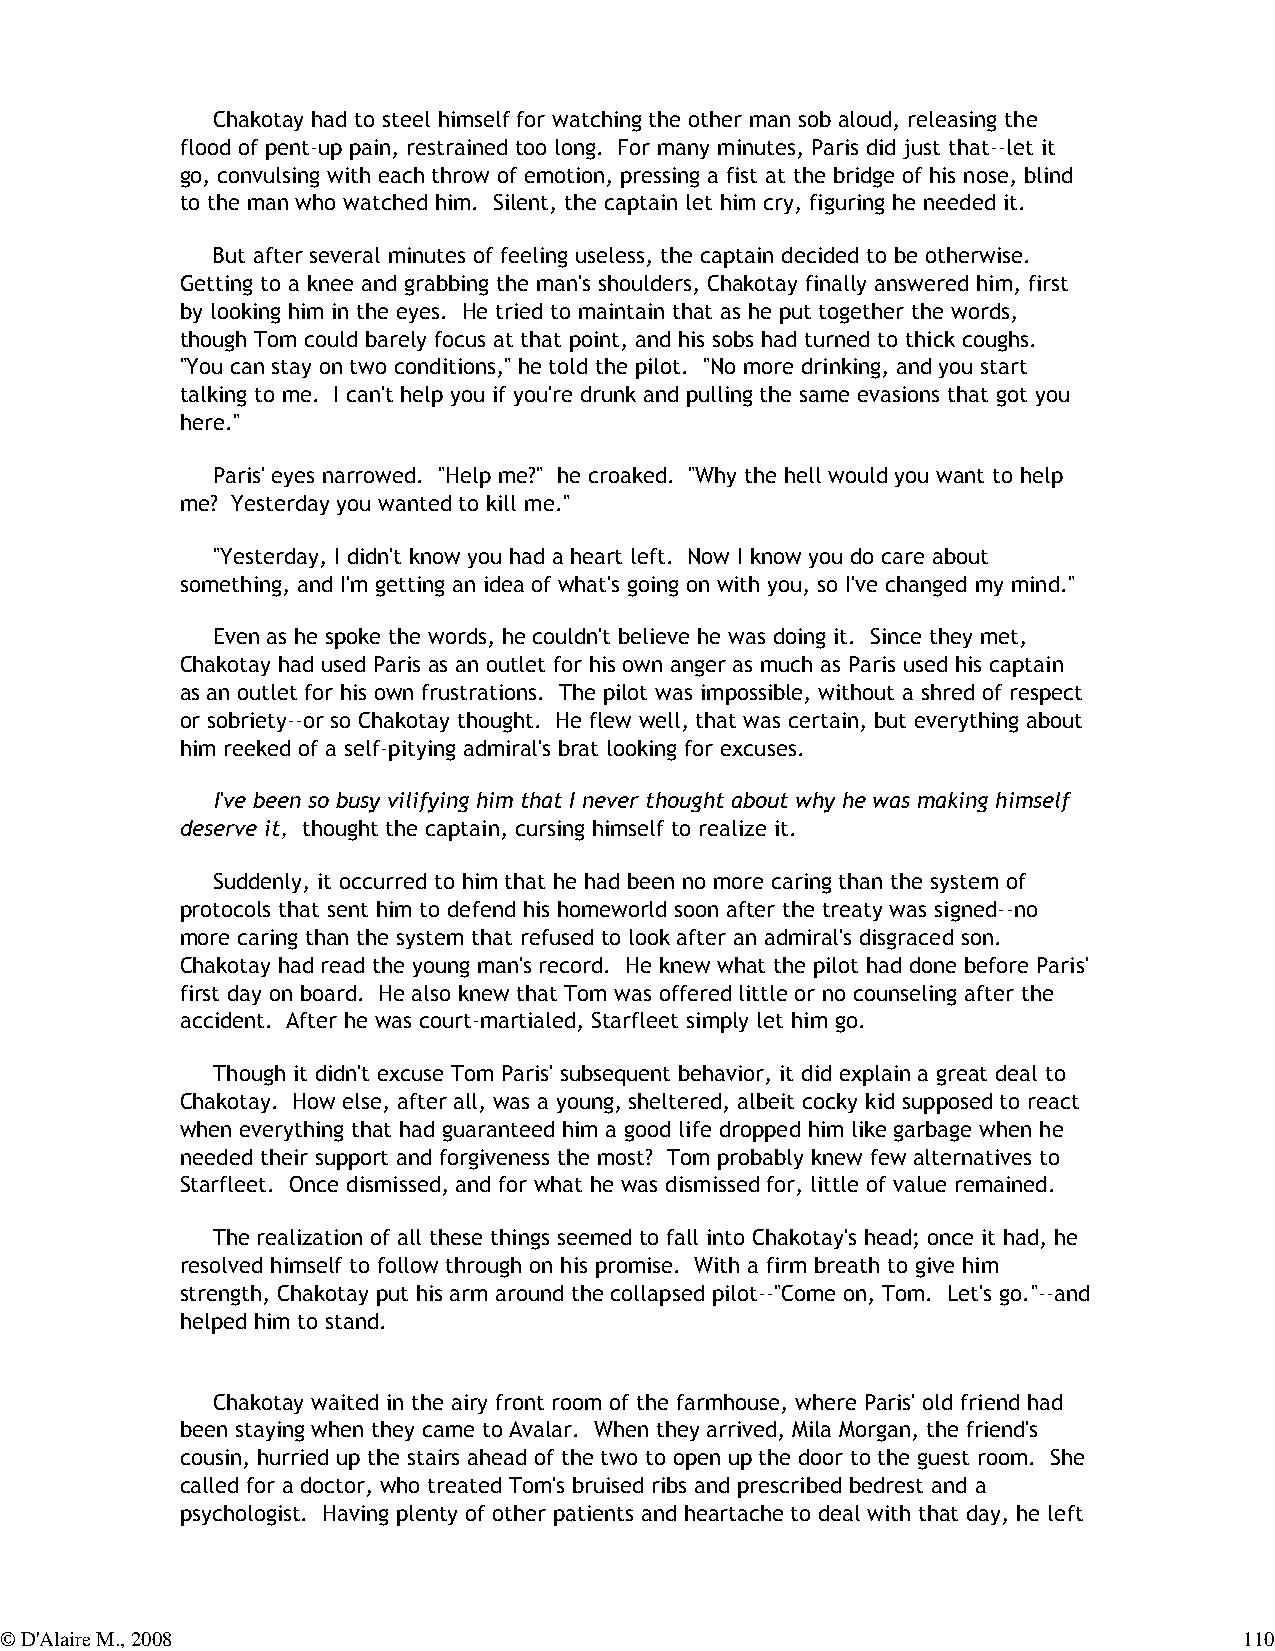
Chakotay had to steel himself for watching the other man sob aloud, releasing the
 flood of pent-up pain, restrained too long. For many minutes, Paris did just that--let it
 go, convulsing with each throw of emotion, pressing a fist at the bridge of his nose, blind
 to the man who watched him. Silent, the captain let him cry, figuring he needed it.
 But after several minutes of feeling useless, the captain decided to be otherwise.
 Getting to a knee and grabbing the man's shoulders, Chakotay finally answered him, first
 by looking him in the eyes. He tried to maintain that as he put together the words,
 though Tom could barely focus at that point, and his sobs had turned to thick coughs.
 "You can stay on two conditions," he told the pilot. "No more drinking, and you start
 talking to me. I can't help you if you're drunk and pulling the same evasions that got you
 here."
 Paris' eyes narrowed. "Help me?" he croaked. "Why the hell would you want to help
 me? Yesterday you wanted to kill me."
 "Yesterday, I didn't know you had a heart left. Now I know you do care about
 something, and I'm getting an idea of what's going on with you, so I've changed my mind."
 Even as he spoke the words, he couldn't believe he was doing it. Since they met,
 Chakotay had used Paris as an outlet for his own anger as much as Paris used his captain
 as an outlet for his own frustrations. The pilot was impossible, without a shred of respect
 or sobriety--or so Chakotay thought. He flew well, that was certain, but everything about
 him reeked of a self-pitying admiral's brat looking for excuses.
 I've been so busy vilifying him that I never thought about why he was making himself
 deserve it, thought the captain, cursing himself to realize it.
 Suddenly, it occurred to him that he had been no more caring than the system of
 protocols that sent him to defend his homeworld soon after the treaty was signed--no
 more caring than the system that refused to look after an admiral's disgraced son.
 Chakotay had read the young man's record. He knew what the pilot had done before Paris'
 first day on board. He also knew that Tom was offered little or no counseling after the
 accident. After he was court-martialed, Starfleet simply let him go.
 Though it didn't excuse Tom Paris' subsequent behavior, it did explain a great deal to
 Chakotay. How else, after all, was a young, sheltered, albeit cocky kid supposed to react
 when everything that had guaranteed him a good life dropped him like garbage when he
 needed their support and forgiveness the most? Tom probably knew few alternatives to
 Starfleet. Once dismissed, and for what he was dismissed for, little of value remained.
 The realization of all these things seemed to fall into Chakotay's head; once it had, he
 resolved himself to follow through on his promise. With a firm breath to give him
 strength, Chakotay put his arm around the collapsed pilot--"Come on, Tom. Let's go."--and
 helped him to stand.
 Chakotay waited in the airy front room of the farmhouse, where Paris' old friend had
 been staying when they came to Avalar. When they arrived, Mila Morgan, the friend's
 cousin, hurried up the stairs ahead of the two to open up the door to the guest room. She
 called for a doctor, who treated Tom's bruised ribs and prescribed bedrest and a
 psychologist. Having plenty of other patients and heartache to deal with that day, he left
 © D'Alaire M., 2008                                                               110